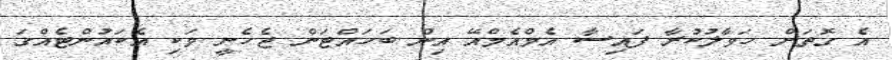
އެ ގޮތަށް ހަވާލުކުރާ ފައިސާ އެމްއެމްއޭ އިން ބަހައްޓަން ޖެހެނީ ވަކި އެކައުންޓެއްގަ